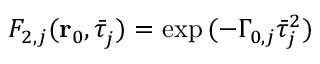
F _ { 2 , j } ( \mathbf { r } _ { 0 } , \bar { \tau } _ { j } ^ { } ) = \exp { ( - \Gamma _ { 0 , j } \bar { \tau } _ { j } ^ { 2 } } )